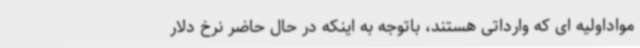
مواداولیه ای که وارداتی هستند، باتوجه به اینکه در حال حاضر نرخ دلار